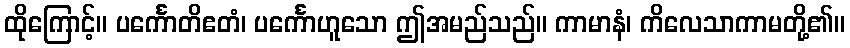
ထိုကြောင့်။ ပင်္ကောတိဧတံ၊ ပင်္ကောဟူသော ဤအမည်သည်။ ကာမာနံ၊ ကိလေသာကာမတို့၏။